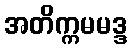
အတိက္ကမမဒ္ဒ